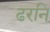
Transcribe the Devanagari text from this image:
ढरनि